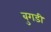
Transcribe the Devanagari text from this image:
बुगडी